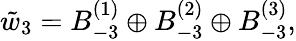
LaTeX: \tilde{w}_{3}=B_{-3}^{(1)}\oplus B_{-3}^{(2)}\oplus B_{-3}^{(3)},